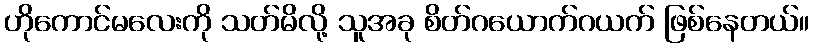
ဟိုကောင်မလေးကို သတ်မိလို့ သူအခု စိတ်ဂယောက်ဂယက် ဖြစ်နေတယ်။